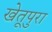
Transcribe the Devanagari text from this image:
खेतूपुरा